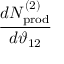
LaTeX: \frac { d N _ { \mathrm { p r o d } } ^ { ( 2 ) } } { d \vartheta _ { 1 2 } }